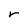
Character: r